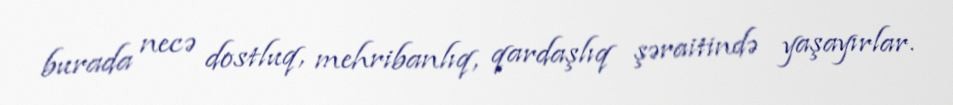
burada necə dostluq, mehribanlıq, qardaşlıq şəraitində yaşayırlar.